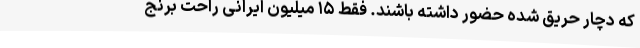
که دچار حریق شده حضور داشته باشند. فقط ۱۵ میلیون ایرانی راحت برنج